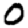
Digit: 0